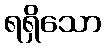
ရရှိသော